Indian journal of veterinary science and animal husbandry - Volume 8,
Year: 1938
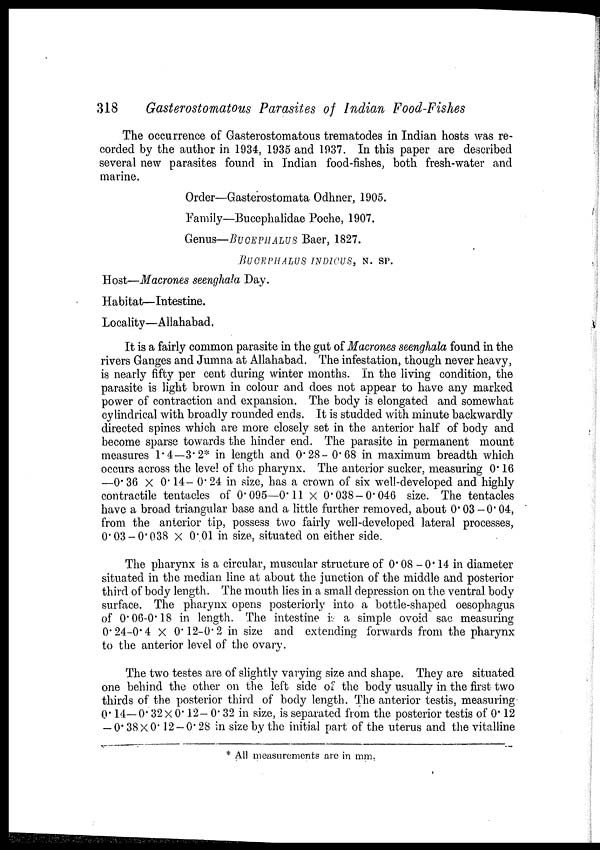
318
Gasterostomatous Parasites of Indian Food-Fishes
The occurrence of Gasterostomatous trematodes in Indian hosts was re-
corded by the author in 1934, 1935 and 1937. In this paper are described
several new parasites found in Indian food-fishes, both fresh-water and
marine.
Order—Gasterostomata Odhner, 1905.
Family—Bucephalidae Poche, 1907.
Genus—BUCEPHALUS Baer, 1827.
BUCEPHALUS INDICUS, N. SP.
Host—Macrones seenghala Day.
Habitat—Intestine.
Locality—Allahabad.
It is a fairly common parasite in the gut of Macrones seenghala found in the
rivers Ganges and Jumna at Allahabad. The infestation, though never heavy,
is nearly fifty per cent during winter months. In the living condition, the
parasite is light brown in colour and does not appear to have any marked
power of contraction and expansion. The body is elongated and somewhat
cylindrical with broadly rounded ends. It is studded with minute backwardly
directed spines which are more closely set in the anterior half of body and
become sparse towards the hinder end. The parasite in permanent mount
measures 1.4—3.2* in length and 0.28- 0.68 in maximum breadth which
occurs across the level of the pharynx. The anterior sucker, measuring 0.16
—0.36 × 0.14- 0.24 in size, has a crown of six well-developed and highly
contractile tentacles of 0.095—0.11 × 0.038-0.046 size. The tentacles
have a broad triangular base and a little further removed, about 0.03 -0.04,
from the anterior tip, possess two fairly well-developed lateral processes,
0.03-0.038 X 0.01 in size, situated on either side.
The pharynx is a circular, muscular structure of 0.08 - 0.14 in diameter
situated in the median line at about the junction of the middle and posterior
third of body length. The mouth lies in a small depression on the ventral body
surface. The pharynx opens posteriorly into a bottle-shaped oesophagus
of 0.06-0.18 in length. The intestine is a simple ovoid sac measuring
0.24-0.4 X 0.12-0.2 in size and extending forwards from the pharynx
to the anterior level of the ovary.
The two testes are of slightly varying size and shape. They are situated
one behind the other on the left side of the body usually in the first two
thirds of the posterior third of body length. The anterior testis, measuring-
0.14—0.32 × 0.12- 0.32 in size, is separated from the posterior testis of 0.12
— 0.38 X 0.12 — 0.28 in size by the initial part of the uterus and the vitalline
* All measurements are in mm.